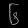
Digit: ၆